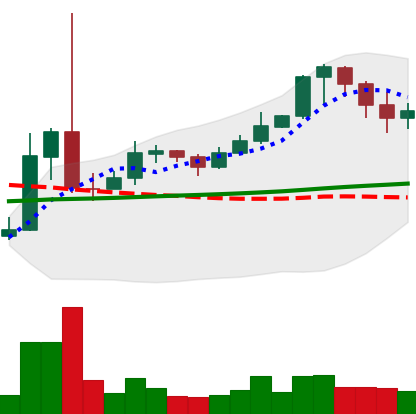
Ticker: XRP-USD
Chart end date: 2021-02-17
Forward return: 6.76%
Label: up_5_7